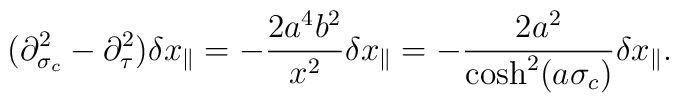
(\partial^2_{\sigma_c}-\partial^2_\tau)\delta x_\parallel=-\frac{2a^4 b^2}{x^2}\delta x_\parallel=-\frac{2a^2}{\cosh^2 (a\sigma_c)}\delta x_\parallel.